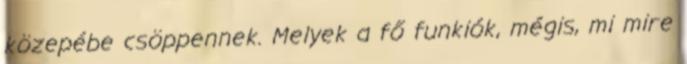
közepébe csöppennek. Melyek a fő funkiók, mégis, mi mire